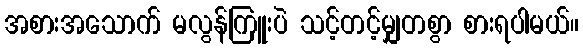
အစားအသောက် မလွန်ကြူးပဲ သင့်တင့်မျှတစွာ စားရပါမယ်။